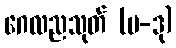
ဂေလညသုတ် (ပ-ဒု)